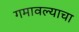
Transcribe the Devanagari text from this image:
गमावल्याचा